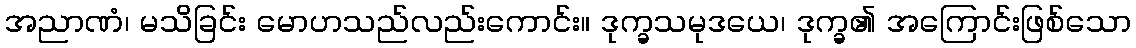
အညာဏံ၊ မသိခြင်း မောဟသည်လည်းကောင်း။ ဒုက္ခသမုဒယေ၊ ဒုက္ခ၏ အကြောင်းဖြစ်သော